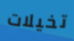
تخيلات